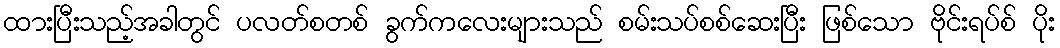
ထားပြီးသည့်အခါတွင် ပလတ်စတစ် ခွက်ကလေးများသည် စမ်းသပ်စစ်ဆေးပြီး ဖြစ်သော ဗိုင်းရပ်စ် ပိုး